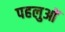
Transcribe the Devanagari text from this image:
पहलुआें